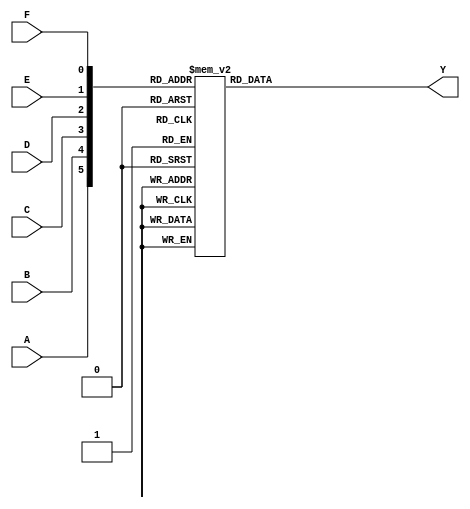
module kmap_6_variable (
    input wire A,  // Input variable A
    input wire B,  // Input variable B
    input wire C,  // Input variable C
    input wire D,  // Input variable D
    input wire E,  // Input variable E
    input wire F,  // Input variable F
    output reg Y   // Output variable Y
);

// Define the K-map output based on the input variables
always @(*) begin
    // Initialize output Y to 0
    Y = 1'b0;

    // K-map cell mapping based on the combination of A, B, C, D, E, F
    case ({A, B, C, D, E, F})
        6'b000000: Y = 0; // Cell (0, 0, 0, 0)
        6'b000001: Y = 1; // Cell (0, 0, 0, 1)
        6'b000011: Y = 1; // Cell (0, 0, 1, 1)
        6'b000010: Y = 0; // Cell (0, 0, 1, 0)
        6'b000110: Y = 1; // Cell (0, 1, 1, 0)
        6'b000111: Y = 0; // Cell (0, 1, 1, 1)
        6'b000101: Y = 1; // Cell (0, 1, 0, 1)
        6'b000100: Y = 0; // Cell (0, 1, 0, 0)
        6'b001000: Y = 0; // Cell (0, 0, 0, 0)
        6'b001001: Y = 1; // Cell (0, 0, 0, 1)
        6'b001011: Y = 1; // Cell (0, 0, 1, 1)
        6'b001010: Y = 0; // Cell (0, 0, 1, 0)
        6'b001110: Y = 1; // Cell (0, 1, 1, 0)
        6'b001111: Y = 0; // Cell (0, 1, 1, 1)
        6'b001101: Y = 1; // Cell (0, 1, 0, 1)
        6'b001100: Y = 0; // Cell (0, 1, 0, 0)
        // Add additional cases for all combinations of (A, B, C, D, E, F)
        // Follow the K-map grouping and mapping logic
        // ...

        // Example of additional cases (you need to fill this based on your K-map)
        6'b111111: Y = 1; // Cell (1, 1, 1, 1)
        // Continue adding cases for all possible combinations...

        default: Y = 1'b0; // Default case
    endcase
end

endmodule